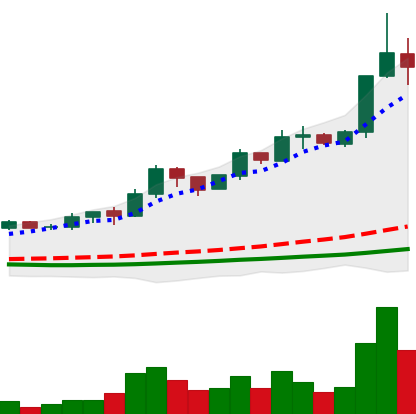
Ticker: ADA-USD
Chart end date: 2019-04-04
Forward return: -4.144%
Label: down_3_5